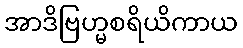
အာဒိဗြဟ္မစရိယိကာယ